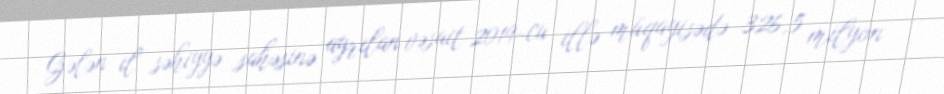
Gələn il səhiyyə sahəsinə ayrılan vəsait 2019-cu illə müqayisədə 326,5 milyon